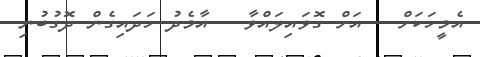
އެމީހަކަށް   އަށް ގޮވައިލައްވާ   އާމެދު ހަދައިގެން ދޮގުބުނި